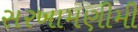
સરખામણીમી